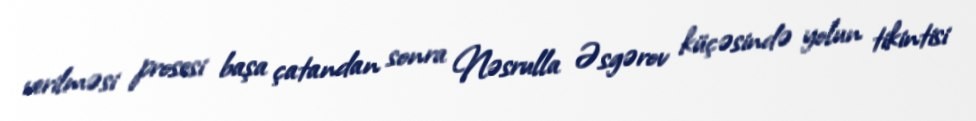
verilməsi prosesi başa çatandan sonra Nəsrulla Əsgərov küçəsində yolun tikintisi